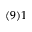
( 9 ) 1